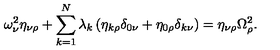
\omega _ { \nu } ^ { 2 } \eta _ { \nu \rho } + \sum _ { k = 1 } ^ { N } \lambda _ { k } \left( \eta _ { k \rho } \delta _ { 0 \nu } + \eta _ { 0 \rho } \delta _ { k \nu } \right) = \eta _ { \nu \rho } \Omega _ { \rho } ^ { 2 } .